Civil Veterinary Dept. Bombay admin report 1900-1906 - 1900-1906
Year: 1900
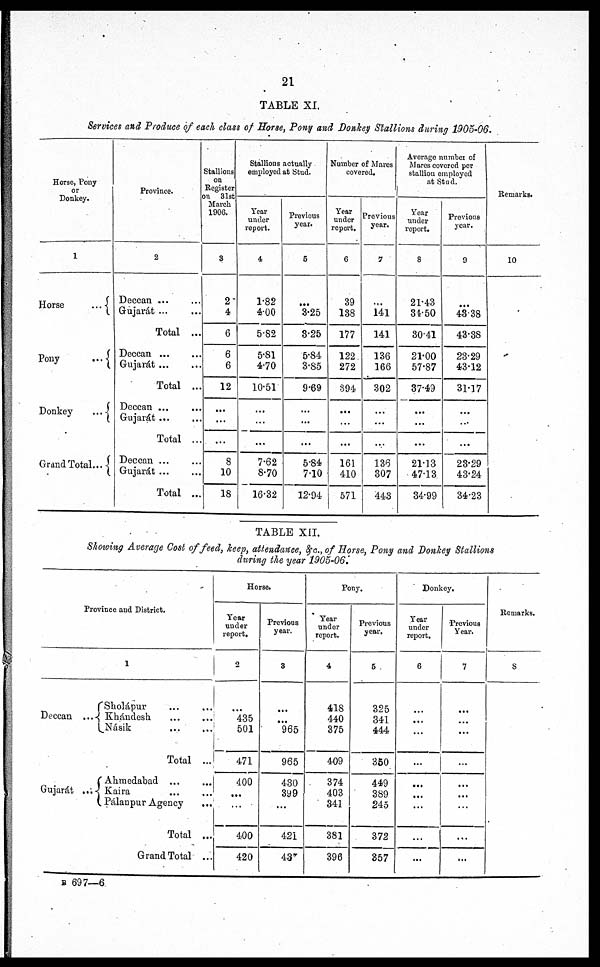
21
TABLE XI.
Services and Produce of each class of Horse, Pony and Donkey Stallions during 1905-06.
Horse, Pony
or
Donkey.
1
Pony
...
Donkey
...
Grand Total ...
Province.
2
Deccan ... ...
Gujarat ...
Total ...
Deccan ...
Gujarát ... ...
Total ...
Deccan ... ...
Gujarát ... ...
Total ...
Deccan ... ...
Gujarát ... ...
Total ...
Stallions
on
Register
on 31st
March
1906.
3
2
4
6
6
6
12
...
...
...
8
10
18
Stallions actually
employed at Stud.
Year
under
report.
4
1'82
4.00
5.82
5.81
4.70
10.51
...
...
...
7.62
8.70
16.32
Previous
year.
5
...
3.25
3.25
5.84
3.85
9.69
...
...
...
5.84
7.10
12.94
Number of Mares
covered.
Year
under
report.
6
39
138
177
122.
272
894
...
...
...
161
410
571
Previous
year.
7
...
141
141
136
166
302
...
...
...
136
307
443
Average number of
Mares covered per
stallion employed
at Stud.
Year
under
report.
8
21.43
34.50
30.41
21.00
57.87
37.49
...
...
...
21.13
47.13
34.99
Previous
year.
9
...
43.38
43.38
23.29
43.12
31.17
...
...
...
23.29
43.24
34.23
Remarks.
10
TABLE XII.
Showing Average Cost of feed, keep, attendance, &c., of Horse, Pony and Donkey Stallions
during the year 1905-06:
Province and District.
1
Deccan
Sholápur ... ...
... Khándesh ... ...
Násik ... ...
Total ...
Gujarát
Ahmedabad ... ...
... Kaira ... ...
Pálanpur Agency ...
Total ...
Grand Total ...
Horse.
Year
under
report.
2
...
435
501
471
400
...
...
400
420
Previous
year.
3
...
...
965
965
430
399
...
421
437
Pony.
Year
under
report.
4
418
440
375
409
374
403
341
381
396
Previous
year.
5
325
341
444
350
449
389
245
372
357
Donkey.
Year
under
report.
6
...
...
...
...
...
...
...
...
...
Previous
Year.
7
...
...
...
...
...
...
...
...
...
Remarks.
8
B 697—6